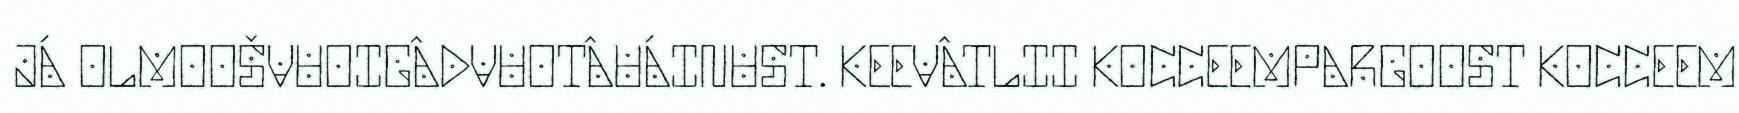
JÁ OLMOOŠVUOIGÂDVUOTÂUÁINUST. KEEVÂTLII KOCCEEMPARGOOST KOCCEEM